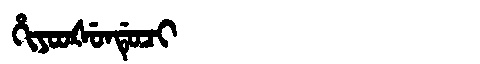
Manchu: ᡥᡳᠶᠣᠣᡧᡠᠨᡩᡠᠴᡳ
Romanization: HIYOOŠUNDUCI